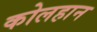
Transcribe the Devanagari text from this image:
कोलहान